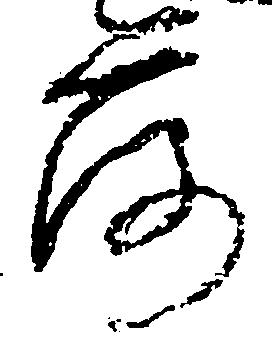
落